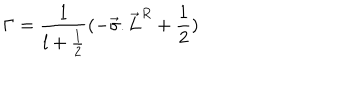
LaTeX: { \Gamma } = \frac { 1 } { l + \frac { 1 } { 2 } } ( - { \vec { \sigma } . { \vec { L } } ^ { R } } + \frac { 1 } { 2 } )